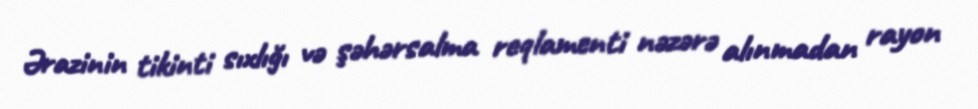
Ərazinin tikinti sıxlığı və şəhərsalma reqlamenti nəzərə alınmadan rayon